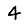
Digit: 4